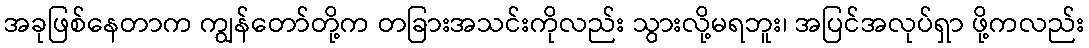
အခုဖြစ်နေတာက ကျွန်တော်တို့က တခြားအသင်းကိုလည်း သွားလို့မရဘူး၊ အပြင်အလုပ်ရှာ ဖို့ကလည်း